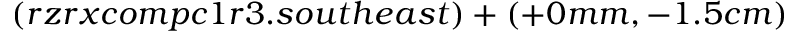
( r z r x c o m p c 1 r 3 . s o u t h e a s t ) + ( + 0 m m , - 1 . 5 c m )